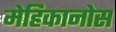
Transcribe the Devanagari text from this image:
मेहिकानोस